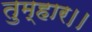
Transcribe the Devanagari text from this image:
तुम्‍हार।।